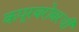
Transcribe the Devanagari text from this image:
कपूरबरोबरची